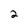
Character: 2